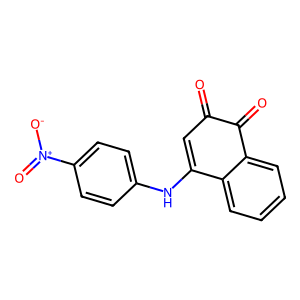
SMILES: O=C1C=C(Nc2ccc([N+](=O)[O-])cc2)c2ccccc2C1=O
Inhibits HIV replication: No